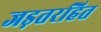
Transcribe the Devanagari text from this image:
जड़तरहित